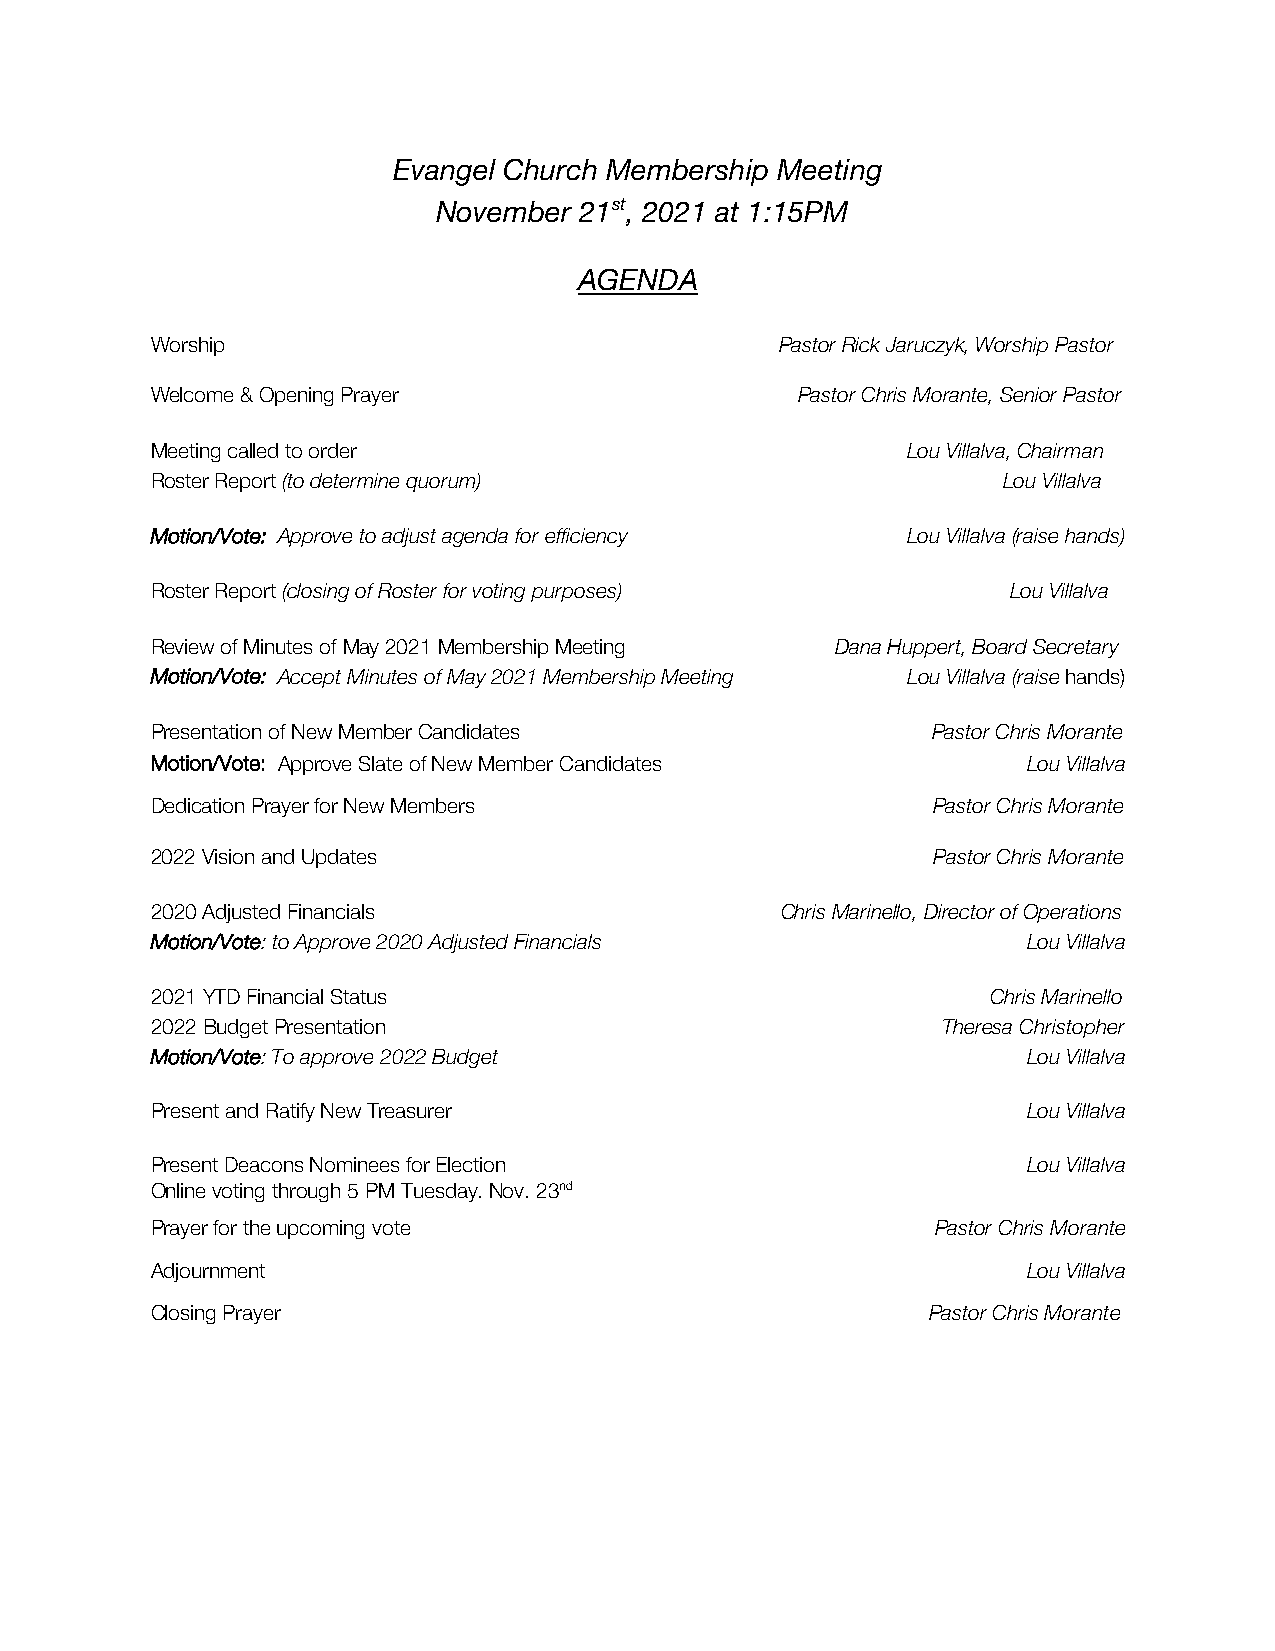
Evangel Church Membership Meeting
 November 21st, 2021 at 1:15PM
 AGENDA
 Worship                                   Pastor Rick Jaruczyk, Worship Pastor
 Welcome & Opening Prayer                   Pastor Chris Morante, Senior Pastor
 Meeting called to order                           Lou Villalva, Chairman
 Roster Report (to determine quorum)                     Lou Villalva
 Motion/Vote: Approve to adjust agenda for efficiency Lou Villalva (raise hands)
 Roster Report (closing of Roster for voting purposes)    Lou Villalva
 Review of Minutes of May 2021 Membership Meeting Dana Huppert, Board Secretary
 Motion/Vote: Accept Minutes of May 2021 Membership Meeting Lou Villalva (raise hands)
 Presentation of New Member Candidates               Pastor Chris Morante
 Motion/Vote: Approve Slate of New Member Candidates       Lou Villalva
 Dedication Prayer for New Members                   Pastor Chris Morante
 2022 Vision and Updates                             Pastor Chris Morante
 2020 Adjusted Financials                  Chris Marinello, Director of Operations
 Motion/Vote: to Approve 2020 Adjusted Financials          Lou Villalva
 2021 YTD Financial Status                               Chris Marinello
 2022 Budget Presentation                            Theresa Christopher
 Motion/Vote: To approve 2022 Budget                       Lou Villalva
 Present and Ratify New Treasurer                          Lou Villalva
 Present Deacons Nominees for Election                     Lou Villalva
 Online voting through 5 PM Tuesday. Nov. 23nd
 Prayer for the upcoming vote                        Pastor Chris Morante
 Adjournment                                               Lou Villalva
 Closing Prayer                                      Pastor Chris Morante